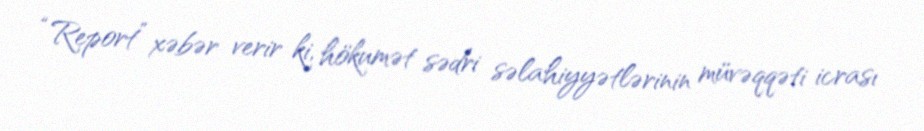
“Report” xəbər verir ki, hökumət sədri səlahiyyətlərinin müvəqqəti icrası